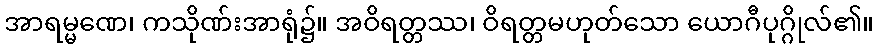
အာရမ္မဏေ၊ ကသိုဏ်းအာရုံ၌။ အဝိရတ္တဿ၊ ဝိရတ္တမဟုတ်သော ယောဂီပုဂ္ဂိုလ်၏။